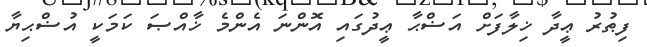
ފިޠުރު ޢީދާ ޚިލާފަށް އަޟްޙާ ޢީދުގައި އޮންނަ އެންމެ ޚާއްޞަ ކަމަކީ އުޟްޙިޔާ